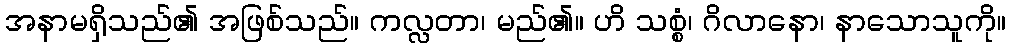
အနာမရှိသည်၏ အဖြစ်သည်။ ကလ္လတာ၊ မည်၏။ ဟိ သစ္စံ၊ ဂိလာနော၊ နာသောသူကို။